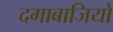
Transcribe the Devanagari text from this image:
दगाबाजियों